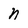
Character: n